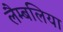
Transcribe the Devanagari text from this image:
लैम्बलिया